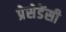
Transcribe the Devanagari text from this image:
प्रेसेडेंसी